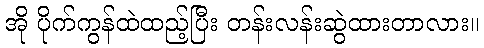
အို ပိုက်ကွန်ထဲထည့်ပြီး တန်းလန်းဆွဲထားတာလား။